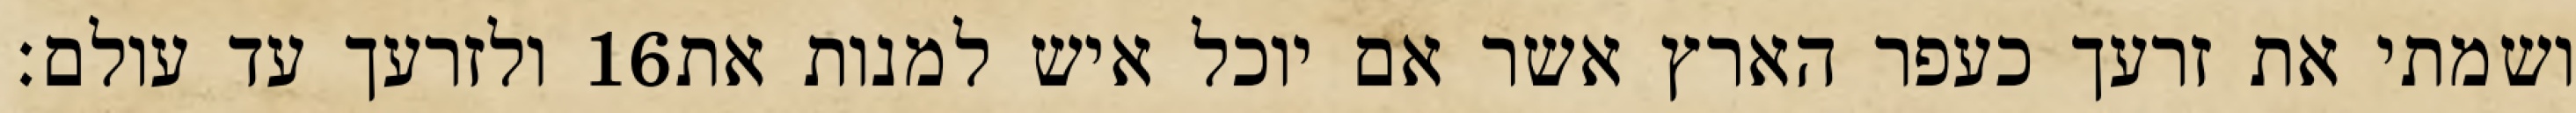
ולזרעך עד עולם׃ ‎16‏ ושמתי את זרעך כעפר הארץ אשר אם יוכל איש למנות את